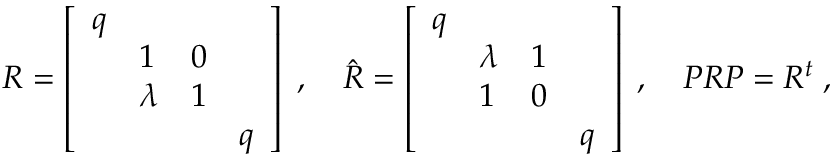
R = \left[ \begin{array} { l l l l } { { q } } & { { \, } } & { { \, } } & { { \, } } \\ { { \, } } & { { 1 } } & { { 0 } } & { { \, } } \\ { { \, } } & { { \lambda } } & { { 1 } } & { { \, } } \\ { { \, } } & { { \, } } & { { \, } } & { { q } } \end{array} \right] \; , \quad \hat { R } = \left[ \begin{array} { l l l l } { { q } } & { { \, } } & { { \, } } & { { \, } } \\ { { \, } } & { { \lambda } } & { { 1 } } & { { \, } } \\ { { \, } } & { { 1 } } & { { 0 } } & { { \, } } \\ { { \, } } & { { \, } } & { { \, } } & { { q } } \end{array} \right] \; , \quad { \cal P } R { \cal P } = R ^ { t } \; ,